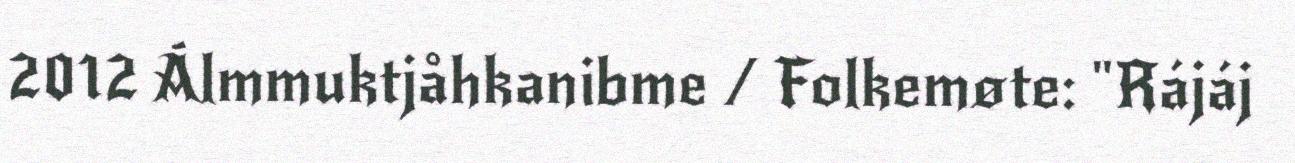
2012 Álmmuktjåhkanibme / Folkemøte: "Rájáj